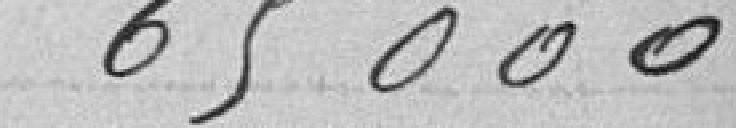
65000